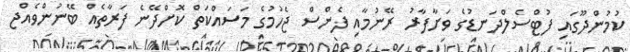
ކުމުންދޫގައި ފުޓްސެލްދަނޑުގެ ވަށާފާރު ރޭނުމާއި ފެންސް ޖެހުމުގެ މަސައްކަތް ކޮށްދޭނެ ފަރާތެއް ބޭނުންވެއްޖ